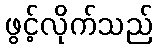
ဖွင့်လိုက်သည်